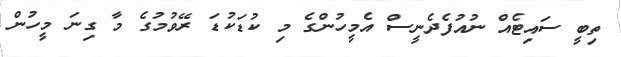
ތިބީ ސައިޓެއް ނުއުފެދެނީސް އެމީހުންގެ މި ކުޑަކުޑަ ރޭވުމުގެ މާ ގިނަ މީހުން